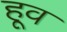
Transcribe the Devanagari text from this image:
हूव